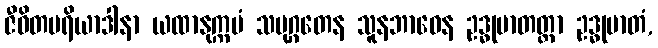
ဇီဝိတပရိယာဒါနာ ယထာနုက္ကမံ သမုဂ္ဂတေန သူနဘာဝေန ဥဒ္ဓုမာတတ္တာ ဥဒ္ဓုမာတံ,